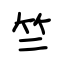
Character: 竺